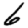
Digit: 6